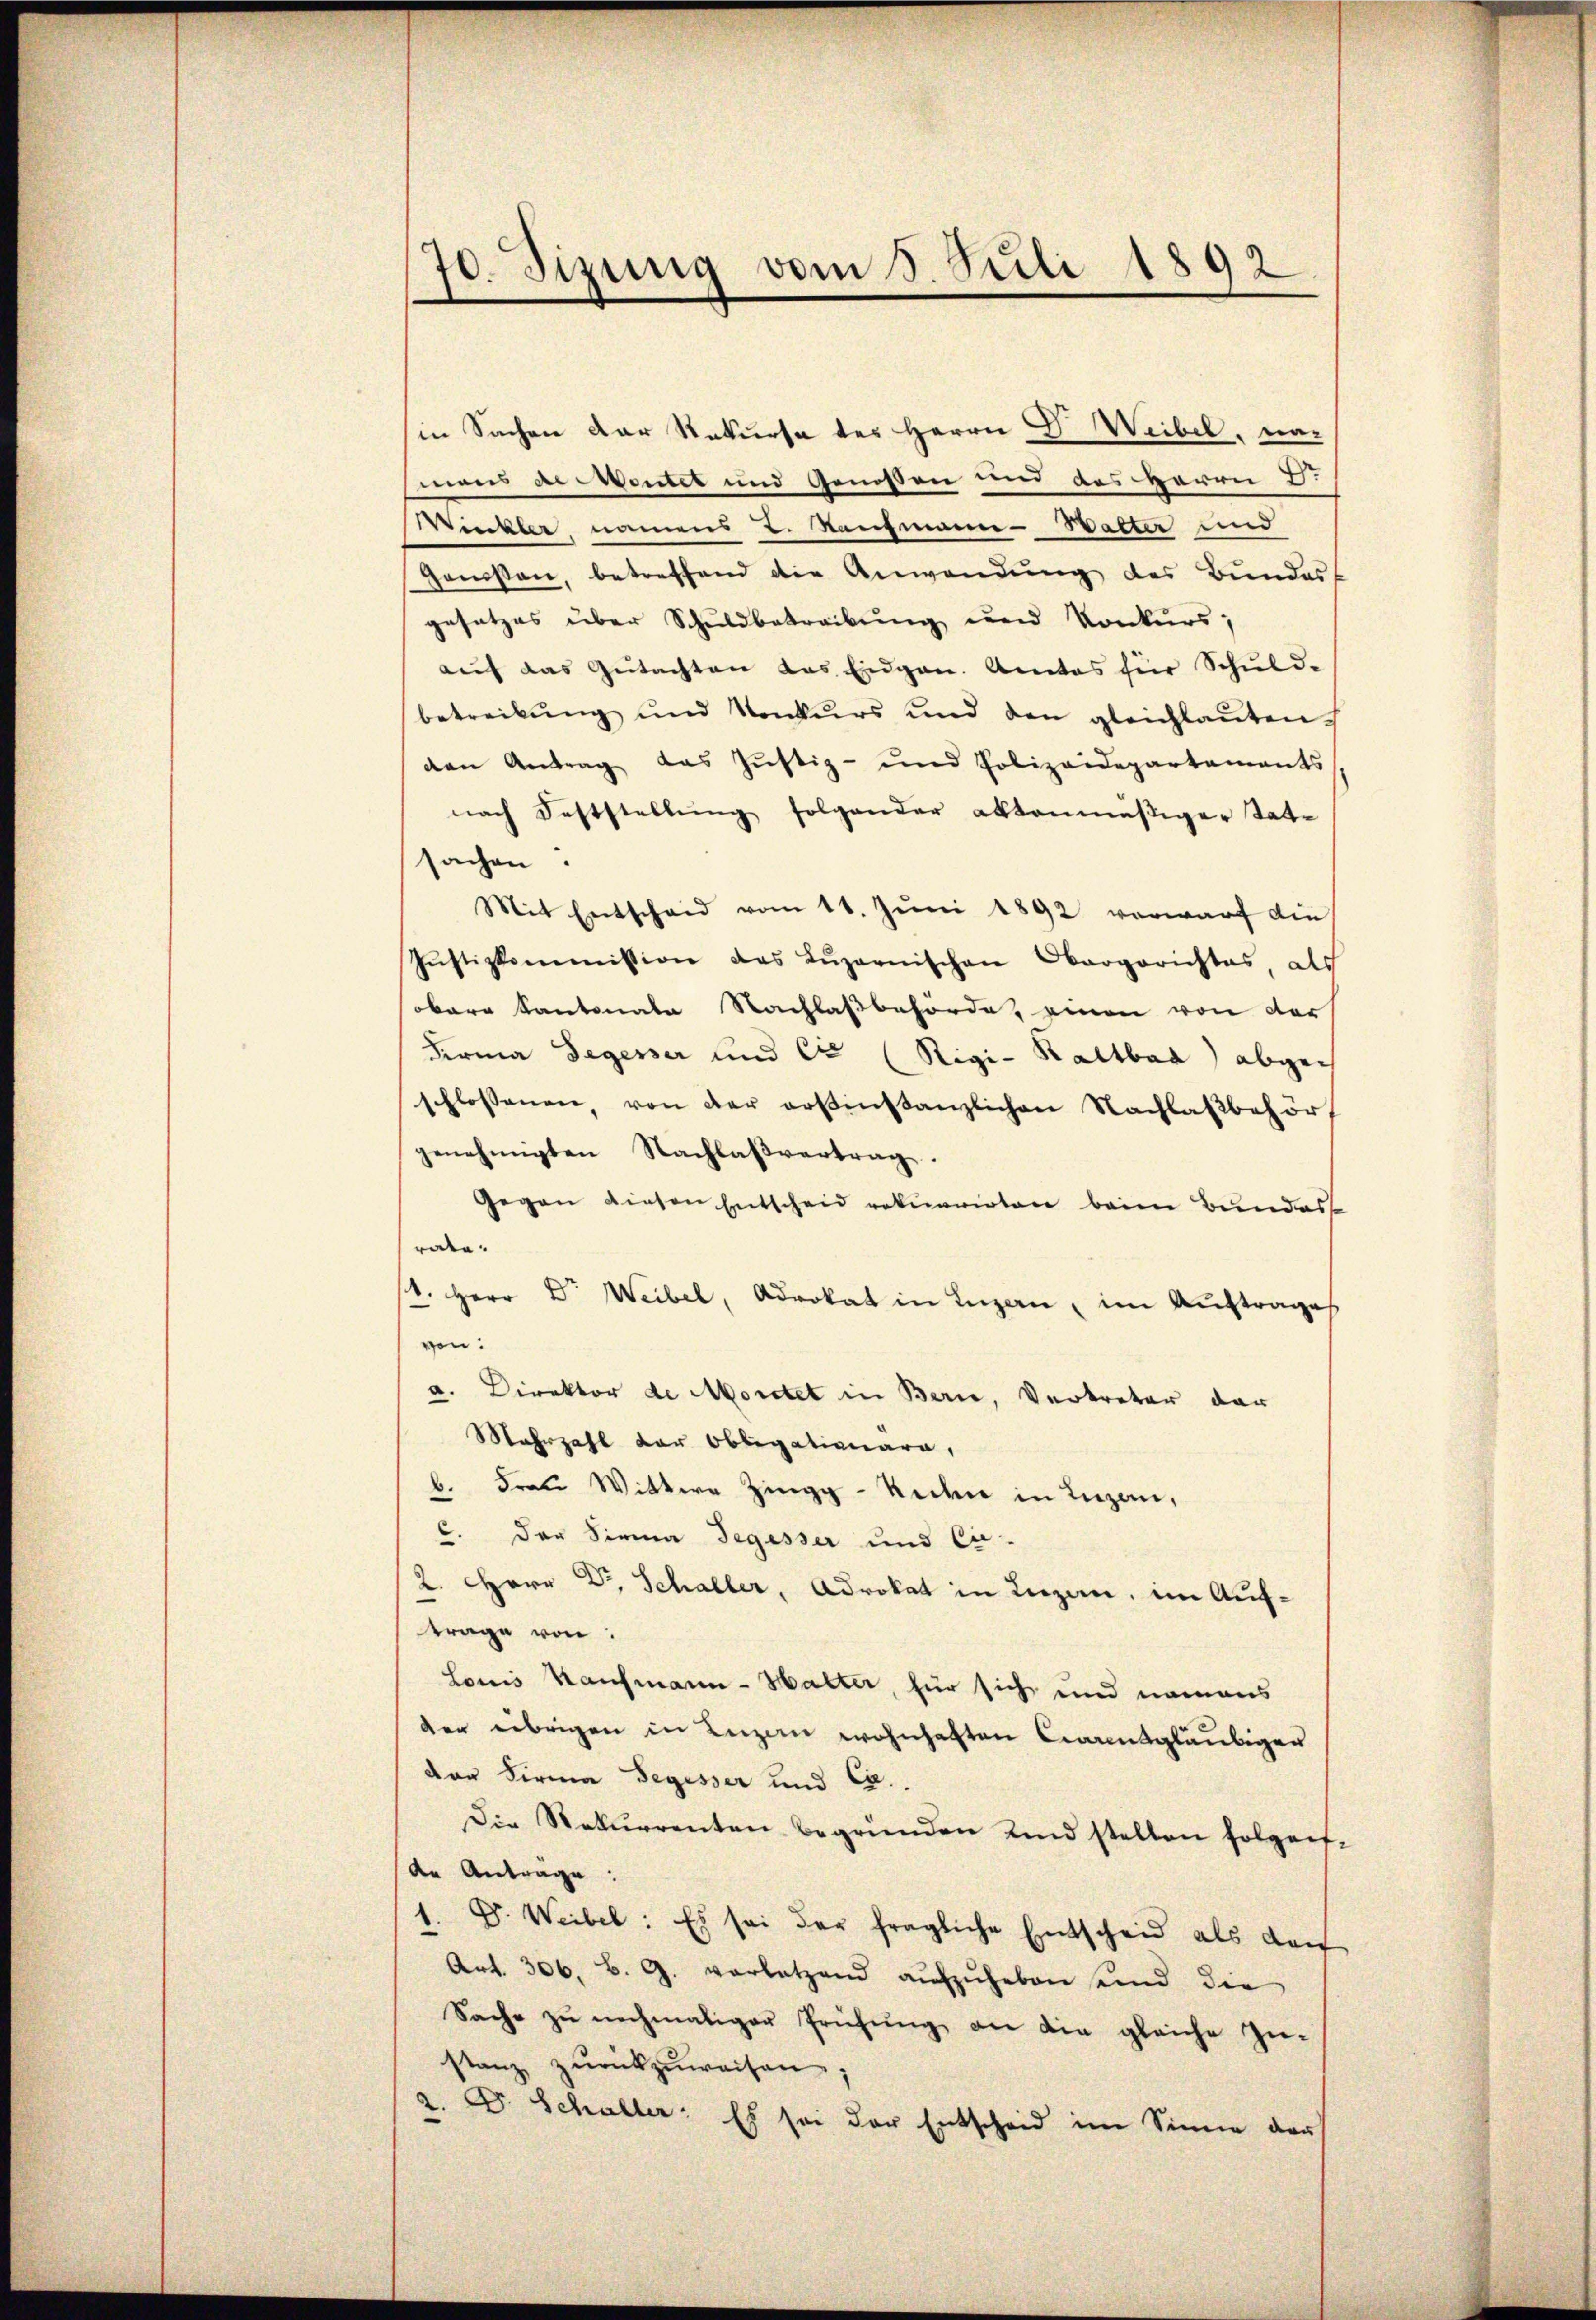
70. Sizung vom 8. Juli 1892

in Sachen der Rekurse des Herrn D. Weibel, nac
mens de Montet und Genossen und des Herrn D.
Winkler, namens L. Kaufmann- Walter und
gonisten, betreffend die Anwendung des Bundes
gesetzes über Schuldbetreibŭng und Konkurs;
auf das Gutachten das Eidgen. Amtes für Schuld-
betreibŭng und Konkurs und den gleichlaŭten
den Antrag das Justiz- und Polizeidepartaments
nach Feststellŭng folgender aktenmäßiger Tat-
sachen
Mit Entscheid vom 11. Jŭni 1892 verwarf die
Jŭstizkommission das Lŭzernischen Obergerichtes, als
obare Kantonale Nachlaßbehörde, einen von der
Firma Segesser und Ca (Rigi-Kaltbar abgen
schlossenen von der artinstanzlichen Nachlaßbehört
genehmigten Nachlaßvertrag.
Gegen diesen Entscheid rekurrirten beim Bundess
rate.
1. Herr Dr. Weibel, Advokat in Luzern, im Auftrages
ven.
a. Direktor de Moratet in Bern, Vertreter dar
Mehrzahl der Obligationara,
b. Frau Wittwe Zingg - Riden in Luzer,
C. der Firma Segesser und Ci-
2. Herr Dr. Schaller, Advokat in Luzer, im Auftrage von
Louis Kaufmann-Halter, für sich und namens
der übrigen in Luzern wohnhaften Carntgläubiger
von Firma Segesser und Ca
Die Rekurrenten begründen Kind stellen folgen-
de Antrage:
1. D. Weibel: Es sei der fragliche Entscheid als dan
Art. 306, B. G. vorletzend aŭfzŭheben sind die
Sache zu nochmaliger Prüfung an die gleiche Zustanz zŭrückzŭweisen;
. D. Schaller: Es sei der Entscheid im Sinne darf